Leaving Certificate, 1888
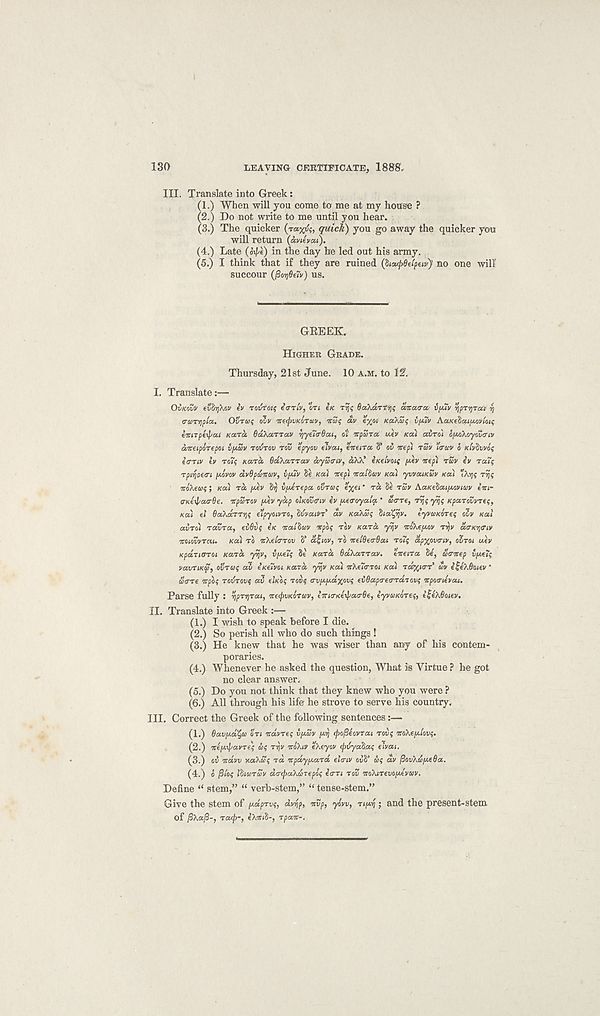
130
LEAVING CERTIFICATE, 1888.
III. Translate into Greek:
(1.) When will you come to me at my house ?
(2.) Do not write to me until you hear.
(3.) The quicker (rax^> quick) you go away the quicker you
will return (anevw).
(4.) Late (o^e) in the day be led out his army.
(5.) I think that if they are ruined (ha.(p8etpeiv) no one will
succour (poyOeiv) US.
GREEK.
HIGHER GRADE.
Thursday, 21st June. 10 A.M. to 12.
I.
Translate:—
OVKOVV evSrjXov iv Tot/foi? eVr/v, on IK Trjf OaXdrttyf avacrct v//iv ‘/jpT^Tccc y
o-aiTYipta. OVTOX; olv icecpVKorav, ita; dv e%oi KOXSI; iy.iv AaKehaiyovioti;
eirirpexpal /card OaXaTrotv t)ye7(r6a.i, at ncpara. uev Kai airo'i oyoXoyov&tv
aittipoTepoi iyav Tovrov rov epyov eiveu, eitena S’ ov wep) TSV ’iirwv o Kiv^wof
trrnv tv roy Kara. OakaTToa/ dyatriv, aXt\ tKelvotf ytv otep) rav iv ruif
TpyoMTi yovov dvOpanrav, iyiv Se Koci ire pi iraidccv Kai yvvouKav KO.) TAIJ? Tij;
iroXeuf; KOI TOO yev S)j iyerepa OSTCOI; e%ei ’ TOO 8e TUV AcoKelooiyoviuv iiri-
o-neil'ooa-Be. itpuTov yev yoop OIKOV&IV ev yecroyoolq, * u<TT€, Try yys KpooTovvTef,
KCO) el BooXonTiy eipyoivTO, tivvaoiVT dv KOOXZI; hcoXfiv. tyvoiKOTeq ovv KCOI
OOVTO) TOOVTOO, ev6v$ eK iroolhav irpot; TOV KOOTOO yrjv irokeyov TYjv da-KyjiTiv
itoiovvTcoi. KOO) TO itkeltTTOv S’ d^iov, TO iteiQe<r6coi TOIS apxovviv, OUTOI uev
KpdoTiOTOi KOOTOO yiv, vyeif St KOOTOO OcokooTToov. titeiToo Se, utrirep vyey
VCOVTIKS, OSTUI; COV eKetvoi KOOTOO yvjv KOO) irkeTcnoi KOO) TSC^IO-T’ dv elpek&oiev •
oltTTe irpof TOVTOvq oov elKy Tovf rrvyydoxovs eiOoopa-eardTovf irpocrievai.
Parse fully : ypTyTooi, irecfjvKoTuv, iirio-Keipeoo-Be, eyvuKOTe^, i£ek6oiev.
II. Translate into Greek :—
(1.) I wish to speak before I die.
(2.) So perish all who do such things !
(3.) He knew that he was wiser than any of his contem-
poraries.
(4.) Whenever he asked the question, What is Virtue ? he got
no clear answer.
(5.) Do you not think that they knew who you were ?
(6.) All through his life he strove to serve his country,
III. Correct the Greek of the following sentences:—
(1.) Boovyd^co OTI irdvTef vySv yq ipofieovtooi TOD? irokeylovg.
(2.) ire yip a VT eg d; Ti)V irokiv ekeyov epvyatoog elvooi.
(3.) ov irdvv yoaokag TOO irpdyyooTd elenv ODS’ &g dv ftovkvyeBco.
(4.) o jS/o< IhoiTuv do-tpookuTepog etTTi TOV irokiTevoytvwv.
Define “ stem,” “ verb-stem,” “ tense-stem.”
Give the stem of ydprvg, dvyp, irvp, yoWf Tiyij; and the present-stem
of [Ska.ft-, Toup-, ekiriiS-, rpooir-.